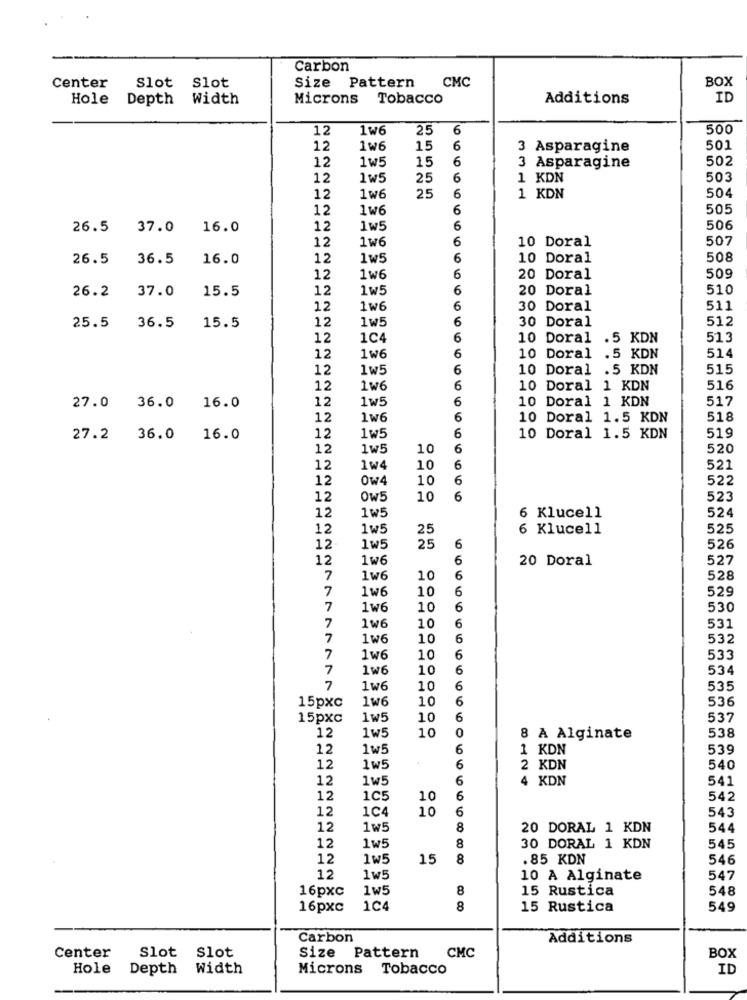
Carbon
BOX
Center
Slot Slot
Size Pattern
CMC
Hole
Depth
Width
Microns
Tobacco
Additions
ID
12
1w6
25
6
500
12
1w6
15
6
3 Asparagine
501
1w5
15
6
502
12
3 Asparagine
12
1w5
25
6
1 KDN
503
25
6
504
12
1w6
1 KDN
12
1w6
6
505
26.5 37.0 16.0
12
1w5
6
506
1w6
6
10 Doral
507
12
26.5 36.5
16.0
12
1w5
6
10 Doral
508
509
12
1w6
6
20 Doral
26.2
37.0
15.5
12
1w5
6
20 Doral
510
12
1w6
6
30 Doral
511
12
1w5
6
30 Doral
512
25.5
36.5
15.5
12
1C4
6
10 Doral .5 KDN
513
6
514
12
1w6
10 Doral .5 KDN
12
1w5
6
10 Doral .5 KDN
515
12
1W6
6
10 Doral 1 KDN
516
12
1w5
6
10 Doral 1 KDN
517
27.0 36.0 16.0
12
1w6
6
10 Doral 1.5 KDN
518
6
519
27.2 36.0 16.0
12
1w5
10 Doral 1.5 KDN
12
1w5
10
6
520
12
1w4
10
6
521
12
0w4
10
6
522
12
Ow5
10
6
523
12
524
1w5
6 Klucell
12
1w5
25
6 Klucell
525
12
1w5
25
6
526
12
1w6
6
20 Doral
527
7
1w6
10
6
528
7
1w6
10
6
529
7
1w6
10
6
530
6
7
1w6
10
531
7
1w6
10
6
532
7
1w6
10
6
533
7
1w6
10
6
534
7
1w6
10
6
535
1we
10
6
536
15pxc
15pxc
1w5
10
6
537
12
0
538
1w5
10
8 À Alginate
12
1w5
6
1 KDN
539
12
1w5
6
2 KDN
540
12
1w5
6
4 KDN
541
12
1C5
10
6
542
12
1C4
10
6
543
12
1w5
8
20 DORAL 1 KDN
544
8
12
1w5
30 DORAL 1 KDN
545
12
1w5
15
8
. 85 KDN
546
12
1w5
10 A Alginate
547
16pxc
1w5
8
15 Rustica
548
16pxc
1C4
8
15 Rustica
549
Carbon
Additions
Center
Slot
Slot
Size Pattern
CMC
BOX
Hole
Depth
Width
Microns Tobacco
ID